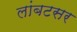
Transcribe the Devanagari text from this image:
लांबटसर